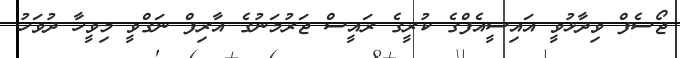
ޖޯސެފް ވިދާޅުވީ އައިސީއެފްގެ ކުރީގެ ރައީސް ޖަރުމަނުގެ އާރިފް ނަގްވީ މިވީހާ ދުވަހު